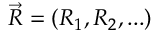
\Vec { R } = ( R _ { 1 } , R _ { 2 } , . . . )